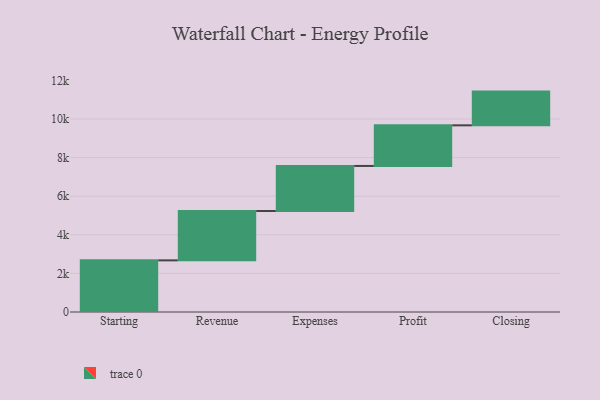
{"axis": {"x": "Step", "y": "Value"}, "legend": [""], "data": [{"x": "Starting", "y": 2676.0, "type": ""}, {"x": "Revenue", "y": 2558.0, "type": ""}, {"x": "Expenses", "y": 2334.0, "type": ""}, {"x": "Profit", "y": 2105.0, "type": ""}, {"x": "Closing", "y": 1748.0, "type": ""}]}